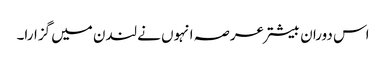
اس دوران بیشتر عرصہ انہوں نے لندن میں گزارا۔